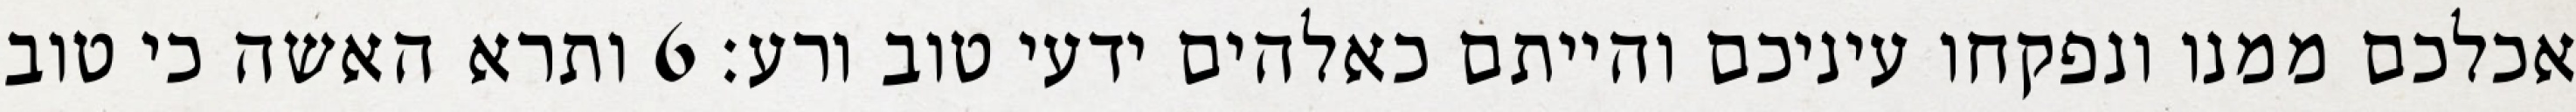
אכלכם ממנו ונפקחו עיניכם והייתם כאלהים ידעי טוב ורע׃ ‎6‏ ותרא האשה כי טוב